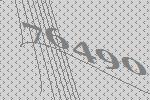
76490